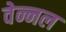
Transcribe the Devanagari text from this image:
वेन्नल